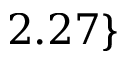
2 . 2 7 \}